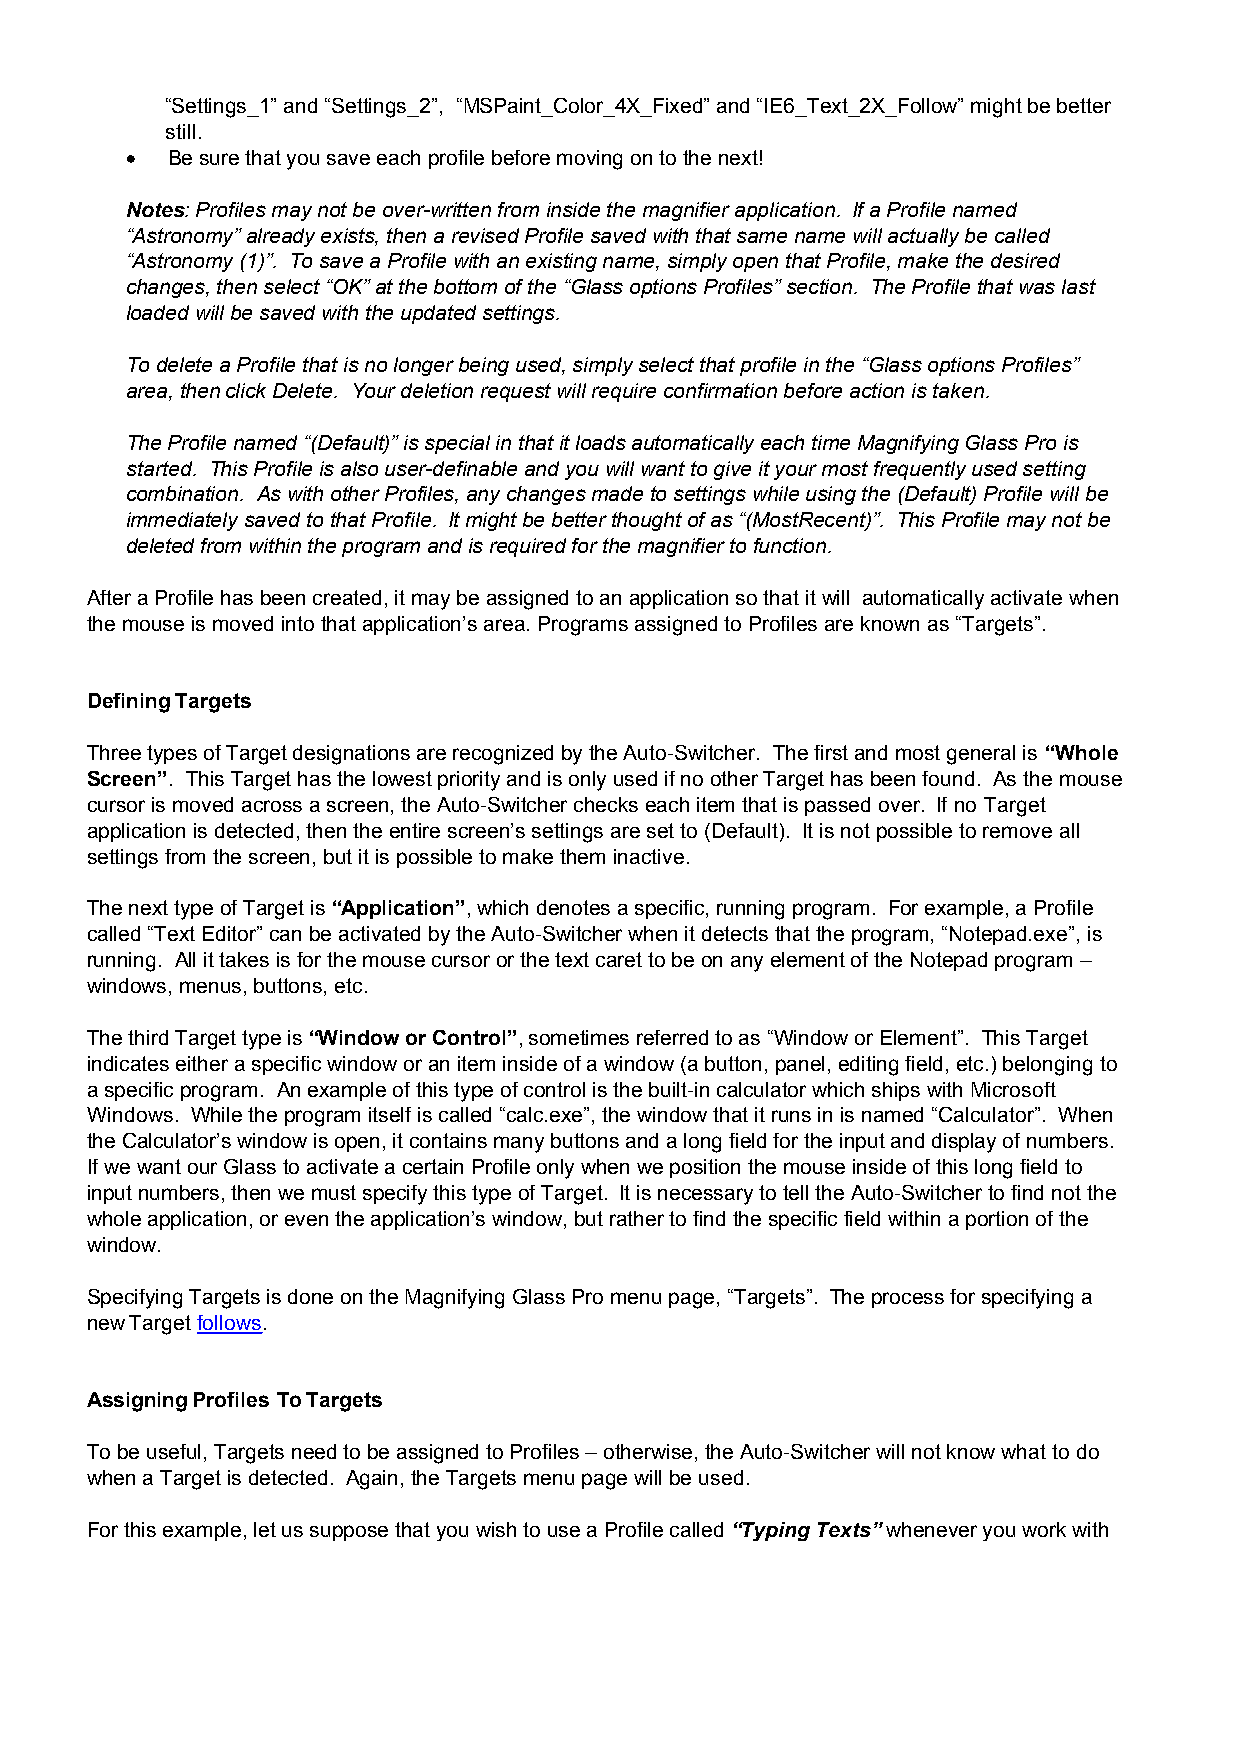
“Settings_1” and “Settings_2”, “MSPaint_Color_4X_Fixed” and “IE6_Text_2X_Follow” might be better
 still.
 ·  Be sure that you save each profile before moving on to the next!
 Notes: Profiles may not be over-written from inside the magnifier application. If a Profile named
 “Astronomy” already exists, then a revised Profile saved with that same name will actually be called
 “Astronomy (1)”. To save a Profile with an existing name, simply open that Profile, make the desired
 changes, then select “OK” at the bottom of the “Glass options Profiles” section. The Profile that was last
 loaded will be saved with the updated settings.
 To delete a Profile that is no longer being used, simply select that profile in the “Glass options Profiles”
 area, then click Delete. Your deletion request will require confirmation before action is taken.
 The Profile named “(Default)” is special in that it loads automatically each time Magnifying Glass Pro is
 started. This Profile is also user-definable and you will want to give it your most frequently used setting
 combination. As with other Profiles, any changes made to settings while using the (Default) Profile will be
 immediately saved to that Profile. It might be better thought of as “(MostRecent)”. This Profile may not be
 deleted from within the program and is required for the magnifier to function.
 After a Profile has been created, it may be assigned to an application so that it will automatically activate when
 the mouse is moved into that application’s area. Programs assigned to Profiles are known as “Targets”.
 Defining Targets
 Three types of Target designations are recognized by the Auto-Switcher. The first and most general is “Whole
 Screen”. This Target has the lowest priority and is only used if no other Target has been found. As the mouse
 cursor is moved across a screen, the Auto-Switcher checks each item that is passed over. If no Target
 application is detected, then the entire screen’s settings are set to (Default). It is not possible to remove all
 settings from the screen, but it is possible to make them inactive.
 The next type of Target is “Application”, which denotes a specific, running program. For example, a Profile
 called “Text Editor” can be activated by the Auto-Switcher when it detects that the program, “Notepad.exe”, is
 running. All it takes is for the mouse cursor or the text caret to be on any element of the Notepad program –
 windows, menus, buttons, etc.
 The third Target type is “Window or Control”, sometimes referred to as “Window or Element”. This Target
 indicates either a specific window or an item inside of a window (a button, panel, editing field, etc.) belonging to
 a specific program. An example of this type of control is the built-in calculator which ships with Microsoft
 Windows. While the program itself is called “calc.exe”, the window that it runs in is named “Calculator”. When
 the Calculator’s window is open, it contains many buttons and a long field for the input and display of numbers.
 If we want our Glass to activate a certain Profile only when we position the mouse inside of this long field to
 input numbers, then we must specify this type of Target. It is necessary to tell the Auto-Switcher to find not the
 whole application, or even the application’s window, but rather to find the specific field within a portion of the
 window.
 Specifying Targets is done on the Magnifying Glass Pro menu page, “Targets”. The process for specifying a
 new Target follows.
 Assigning Profiles To Targets
 To be useful, Targets need to be assigned to Profiles – otherwise, the Auto-Switcher will not know what to do
 when a Target is detected. Again, the Targets menu page will be used.
 For this example, let us suppose that you wish to use a Profile called “Typing Texts” whenever you work with